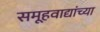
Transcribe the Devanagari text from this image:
समूहवाद्यांच्या